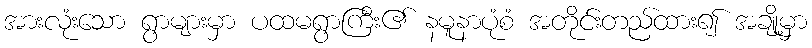
အားလုံးသော ရွာများမှာ ပထမရွာကြီး၏ နမူနာပုံစံ အတိုင်းတည်ထား၍ အချို့မှာ